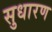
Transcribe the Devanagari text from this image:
सुधारण